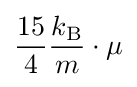
{\frac {15}{4}}{\frac {k_{\text{B}}}{m}}\cdot \mu